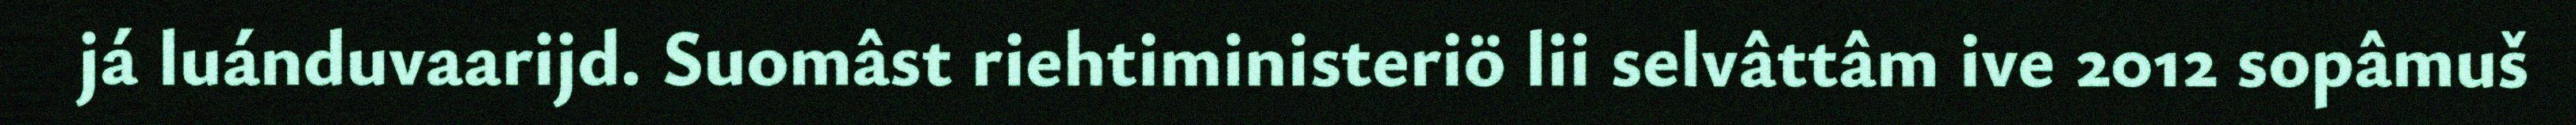
já luánduvaarijd. Suomâst riehtiministeriö lii selvâttâm ive 2012 sopâmuš